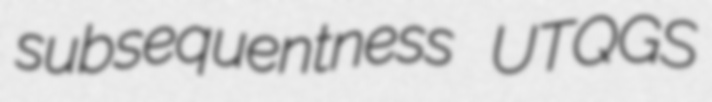
subsequentness UTQGS